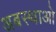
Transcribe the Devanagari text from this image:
अबस्थाओ